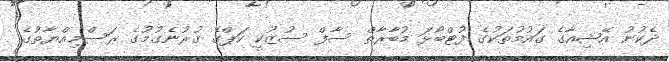
ދެކުނު އޭޝިއާގެ ގައުމުތަކުގެ ފުޓްބޯޅަ މުބާރާތް ސާފް ސުޒުކީ ކަޕްގެ ގުރުނެގުމުގެ ރަސްމިއްޔާތުގެ